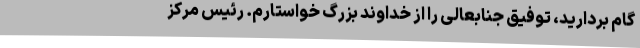
گام بردارید، توفیق جنابعالی را از خداوند بزرگ خواستارم. رئیس مرکز